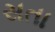
સતા